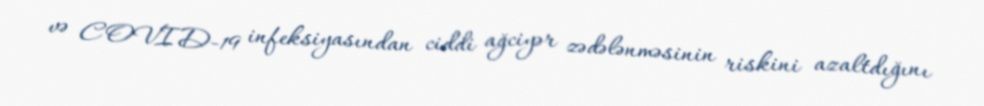
və COVID-19 infeksiyasından ciddi ağciyər zədələnməsinin riskini azaltdığını